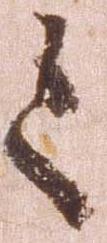
之